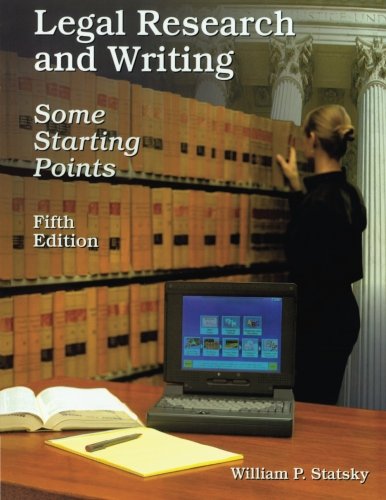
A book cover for Legal Research and Writing; William P. Statsky; Law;